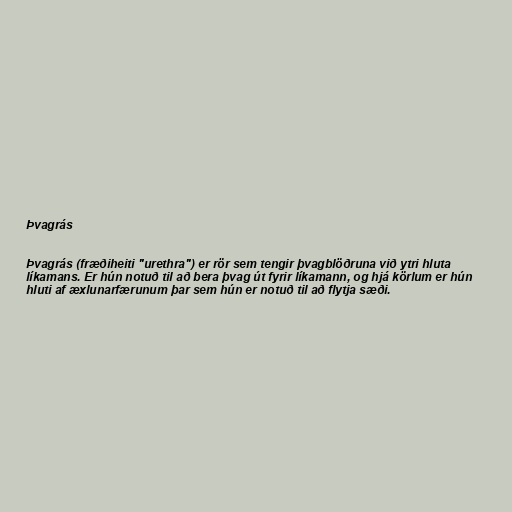
Þvagrás

Þvagrás (fræðiheiti "urethra") er rör sem tengir þvagblöðruna við ytri hluta
líkamans. Er hún notuð til að bera þvag út fyrir líkamann, og hjá körlum er hún
hluti af æxlunarfærunum þar sem hún er notuð til að flytja sæði.